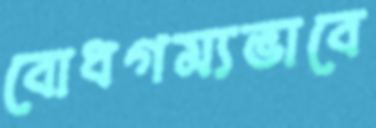
বোধগম্যভাবে